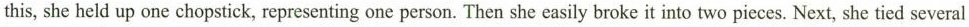
this, she held up one chopstick, representing one person. Then she easily broke it into two pieces. Next, she tied several